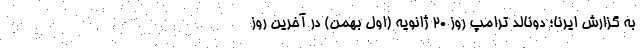
به گزارش ایرنا؛ دونالد ترامپ روز ۲۰ ژانویه (اول بهمن) در آخرین روز